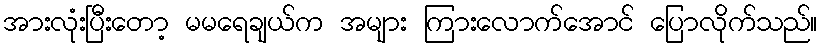
အားလုံးပြီးတော့ မမရေချယ်က အများ ကြားလောက်အောင် ပြောလိုက်သည်။